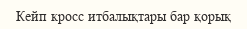
Кейп кросс итбалықтары бар қорық